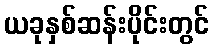
ယခုနှစ်ဆန်းပိုင်းတွင်